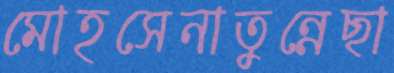
মোহসেনাতুন্নেছা